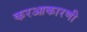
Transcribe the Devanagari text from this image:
करआकारणी